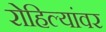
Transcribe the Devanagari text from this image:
रोहिल्यांवर